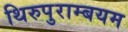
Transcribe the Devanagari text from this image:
थिरुपुराम्बयम